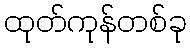
ထုတ်ကုန်တစ်ခု